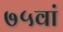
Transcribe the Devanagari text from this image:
७५वां